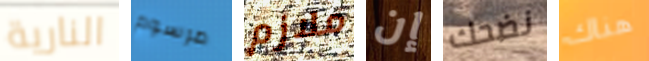
النارية مرسوم ملازم إن نضحك هناك